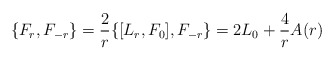
\begin{align*}\{ F_{r}, F_{-r} \} = \frac{2}{r} \{ [ L_{r}, F_{0} ], F_{-r}\} = 2 L_{0} + \frac{4}{r} A(r)\end{align*}